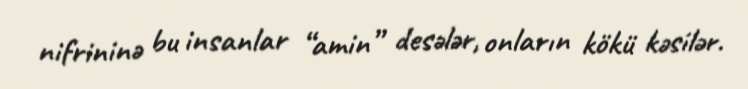
nifrininə bu insanlar “amin” desələr, onların kökü kəsilər.